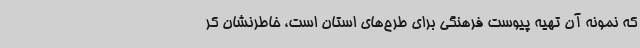
که نمونه آن تهیه پیوست فرهنگی برای طرح‌های استان است، خاطرنشان کر